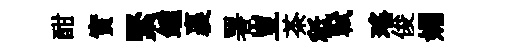
酣實緊鍾裹署豈茶秪軾瑶俊媚